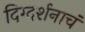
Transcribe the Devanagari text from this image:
दिग्दर्शनाचं